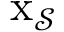
\mathbf { \boldsymbol { x } } _ { \mathcal { S } }